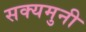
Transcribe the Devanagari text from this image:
सक्यमुनी